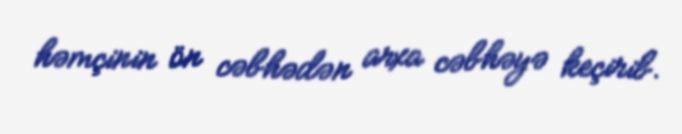
həmçinin ön cəbhədən arxa cəbhəyə keçirib.